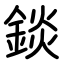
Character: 錟